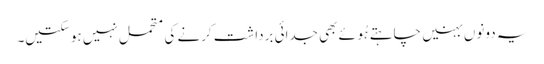
یہ دونوں بہنیں چاہتے ہُوئے بھی جدائی برداشت کرنے کی متحمل نہیں ہو سکتیں۔